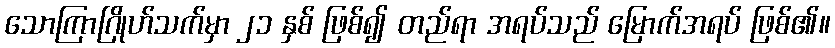
သောကြာဂြိုဟ်သက်မှာ ၂၁ နှစ် ဖြစ်၍ တည်ရာ အရပ်သည် မြောက်အရပ် ဖြစ်၏။